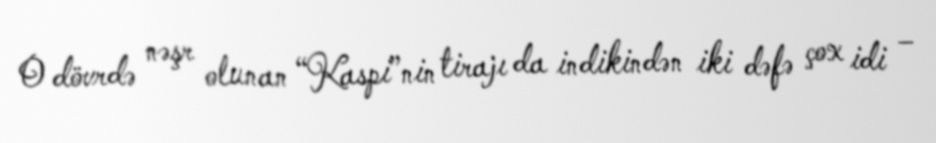
O dövrdə nəşr olunan “Kaspi”nin tirajı da indikindən iki dəfə çox idi –